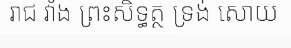
រាជ វាំង ព្រះសិទ្ធត្ថ ទ្រង់ សោយ